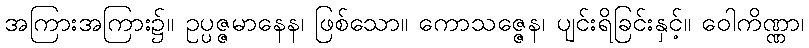
အကြားအကြား၌။ ဥပ္ပဇ္ဇမာနေန၊ ဖြစ်သော။ ကောသဇ္ဇေန၊ ပျင်းရိခြင်းနှင့်။ ဝေါကိဏ္ဏာ၊